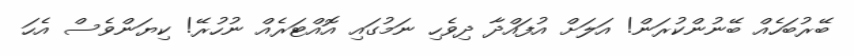
ބޭރުބަހެއް ބޭނުންކުރަން! އަލަށް އުފައްދާ ދިވެހި ނަމުގައި އޮއްޓަރެއް ނުހުރޭ! ކިޔަންވެސް އެހަ